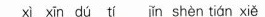
xi xin du ti in shen tian xie